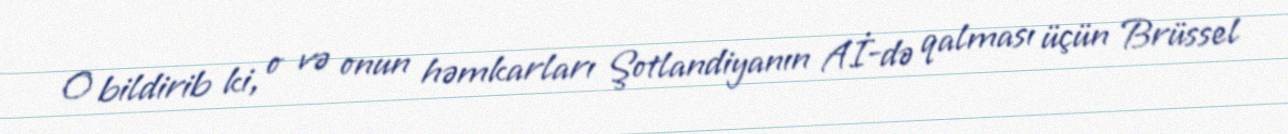
O bildirib ki, o və onun həmkarları Şotlandiyanın Aİ-də qalması üçün Brüssel